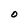
Character: O